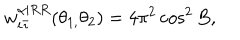
LaTeX: w _ { i \bar { \imath } } ^ { \alpha | R R } ( \theta _ { 1 , } \theta _ { 2 } ) = 4 \pi ^ { 2 } \cos ^ { 2 } B ,